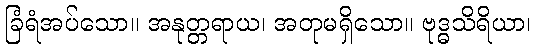
ခြံရံအပ်သော။ အနုတ္တရာယ၊ အတုမရှိသော။ ဗုဒ္ဓသိရိယာ၊